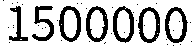
1500000